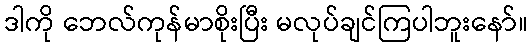
ဒါကို ဘေလ်ကုန်မာစိုးပြီး မလုပ်ချင်ကြပါဘူးနော်။